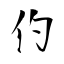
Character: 仢